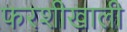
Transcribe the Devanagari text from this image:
फरशीखाली